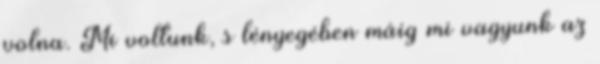
volna. Mi voltunk, s lényegében máig mi vagyunk az